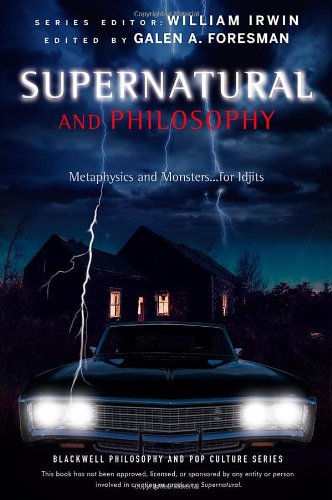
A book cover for Supernatural and Philosophy: Metaphysics and Monsters... for Idjits; Humor & Entertainment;